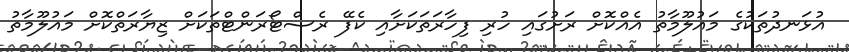
އުޅަނދުތަކުގެ މައުލޫމާތު އެއްކޮށް ރަށުގައި ހުރި ފިހާރަތަކަށާއި ކެފޭ ރެސްޓޯރަންޓްތަކަށް ޒިޔާރަތްކޮށް މައުލޫމާތު